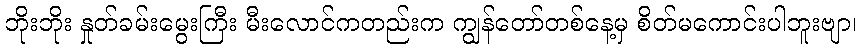
ဘိုးဘိုး နှုတ်ခမ်းမွေးကြီး မီးလောင်ကတည်းက ကျွန်တော်တစ်နေ့မှ စိတ်မကောင်းပါဘူးဗျာ၊